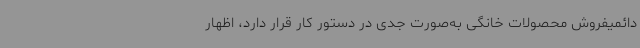
دائمیفروش محصولات خانگی به‌صورت جدی در دستور کار قرار دارد، اظهار